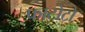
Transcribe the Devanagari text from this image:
फाटोटो